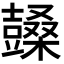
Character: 𣞙